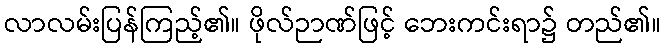
လာလမ်းပြန်ကြည့်၏။ ဖိုလ်ဉာဏ်ဖြင့် ဘေးကင်းရာ၌ တည်၏။